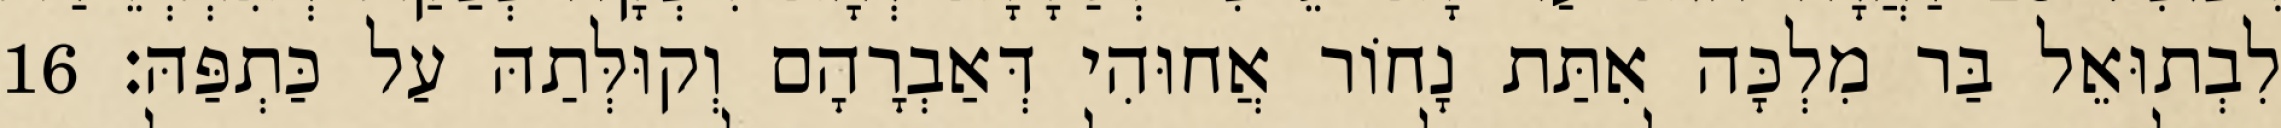
לִבְתוּאֵל בַּר מִלְכָּה אִתַּת נָחוֹר אֲחוּהִי דְּאַבְרָהָם וְקוּלְּתַהּ עַל כַּתְפַּהּ׃ 16